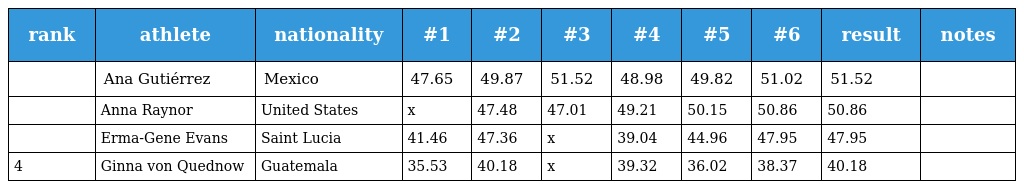
| rank | athlete | nationality | #1 | #2 | #3 | #4 | #5 | #6 | result | notes |
 | --- | --- | --- | --- | --- | --- | --- | --- | --- | --- | --- |
 |  | Ana Gutiérrez | Mexico | 47.65 | 49.87 | 51.52 | 48.98 | 49.82 | 51.02 | 51.52 |  |
 |  | Anna Raynor | United States | x | 47.48 | 47.01 | 49.21 | 50.15 | 50.86 | 50.86 |  |
 |  | Erma-Gene Evans | Saint Lucia | 41.46 | 47.36 | x | 39.04 | 44.96 | 47.95 | 47.95 |  |
 | 4 | Ginna von Quednow | Guatemala | 35.53 | 40.18 | x | 39.32 | 36.02 | 38.37 | 40.18 |  |